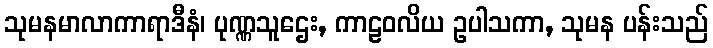
သုမနမာလာကာရာဒီနံ၊ ပုဏ္ဏသူဌေး, ကာဠဝလိယ ဥပါသကာ, သုမန ပန်းသည်